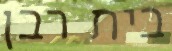
בית רבן